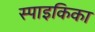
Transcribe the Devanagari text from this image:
स्पाइकिका